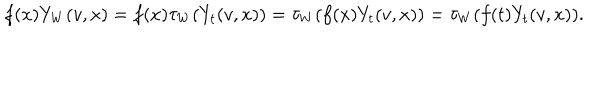
f ( x ) Y _ { W } ( v , x ) = f ( x ) \tau _ { W } ( Y _ { t } ( v , x ) ) = \tau _ { W } ( f ( x ) Y _ { t } ( v , x ) ) = \tau _ { W } ( f ( t ) Y _ { t } ( v , x ) ) .